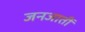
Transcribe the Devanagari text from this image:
जनजातीं